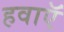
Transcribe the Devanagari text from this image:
हवाऍ